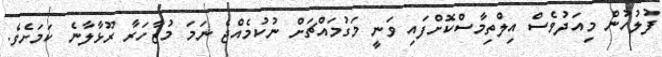
ފުލުހުން މިއަދުވެސް އިލްތިމާސްކޮށްފައި ވަނީ މަގުމައްޗަށް ނުކުމެއްޖެ ނަމަ މުޒާހަރާ ރޫޅާލާނެ ކަމަށެވެ.